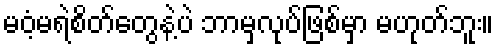
မဝံ့မရဲစိတ်တွေနဲ့ပဲ ဘာမှလုပ်ဖြစ်မှာ မဟုတ်ဘူး။